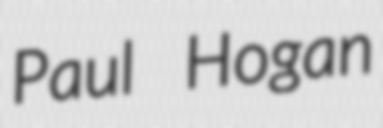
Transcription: Paul Hogan